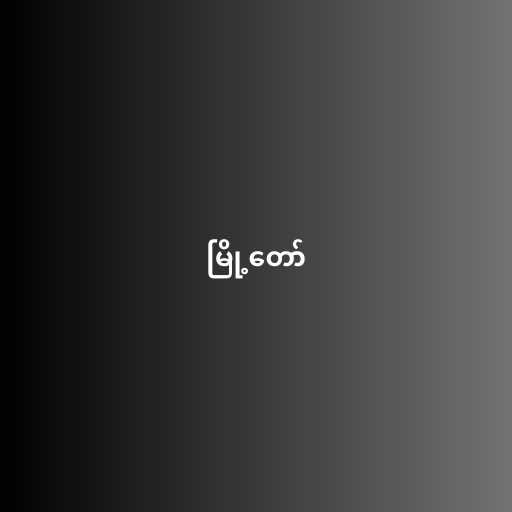
မြို့တော်